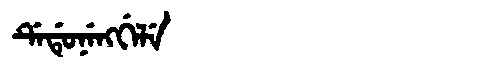
Manchu: ᡩᡝᡩᡠᠨᡝᠩᡤᡝᠯᡝ
Romanization: DEDUNENGGELE